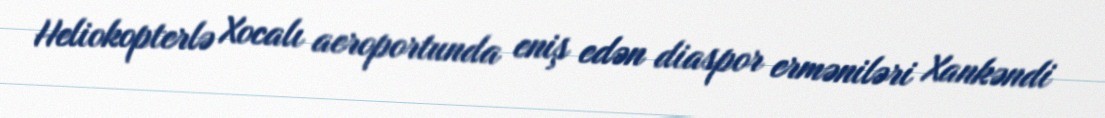
Heliokopterlə Xocalı aeroportunda eniş edən diaspor erməniləri Xankəndi